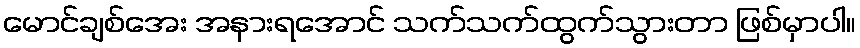
မောင်ချစ်အေး အနားရအောင် သက်သက်ထွက်သွားတာ ဖြစ်မှာပါ။